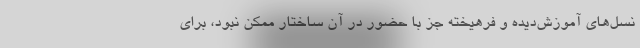
نسل‌هاي آموزش‌ديده و فرهيخته جز با حضور در آن ساختار ممكن نبود، براي